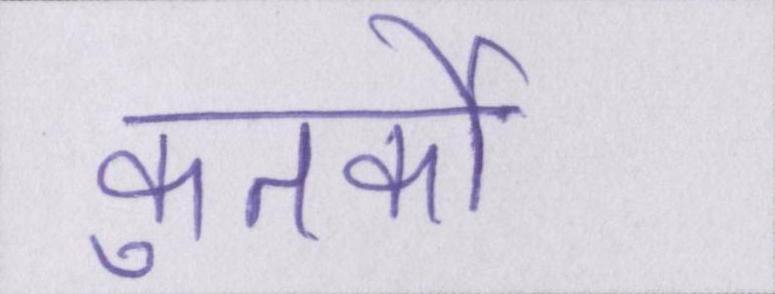
कुतर्कों